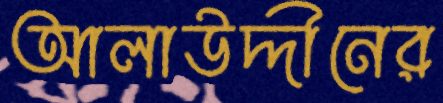
আলাউদ্দীনের